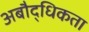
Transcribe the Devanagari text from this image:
अबौद्धिकता